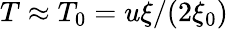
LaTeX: {T}\approx{T}_{0}=u\xi/(2\xi_{0})